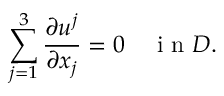
\sum _ { j = 1 } ^ { 3 } \frac { \partial u ^ { j } } { \partial x _ { j } } = 0 \quad \textrm { i n } D .